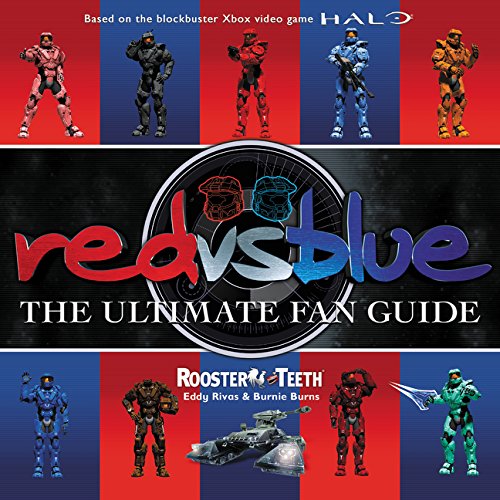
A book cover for Red vs. Blue: The Ultimate Fan Guide; Rooster Teeth; Humor & Entertainment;